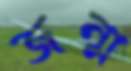
জন্ম